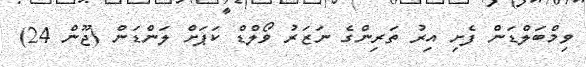
ވިމްބަލްޑަން ފެށި އިރު ތަރިންގެ ނަޒަރު ވޯލްޑް ކަޕަށް ލަންޑަން (ޖޫން 24)